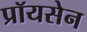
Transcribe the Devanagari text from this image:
प्रॉयसेन